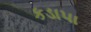
કડાપા